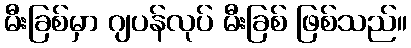
မီးခြစ်မှာ ဂျပန်လုပ် မီးခြစ် ဖြစ်သည်။